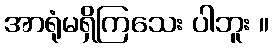
အာရုံမရှိကြသေး ပါဘူး ။